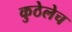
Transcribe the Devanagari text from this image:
कुठेलेच